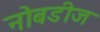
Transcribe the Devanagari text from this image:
नोबडीज